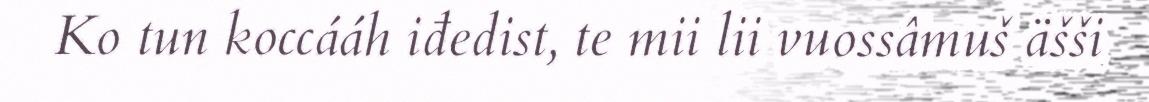
Ko tun koccááh iđedist, te mii lii vuossâmuš äšši